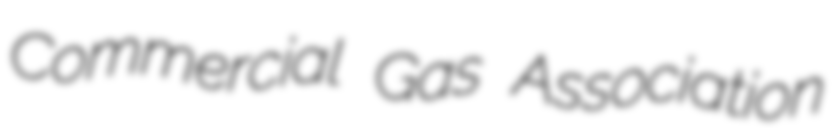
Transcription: Commercial Gas Association